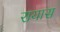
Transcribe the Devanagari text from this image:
रायास